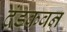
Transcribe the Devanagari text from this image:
दंडकवन